Annual statistical returns and brief notes on vaccination in Bengal - 1887-1898
Year: 1887
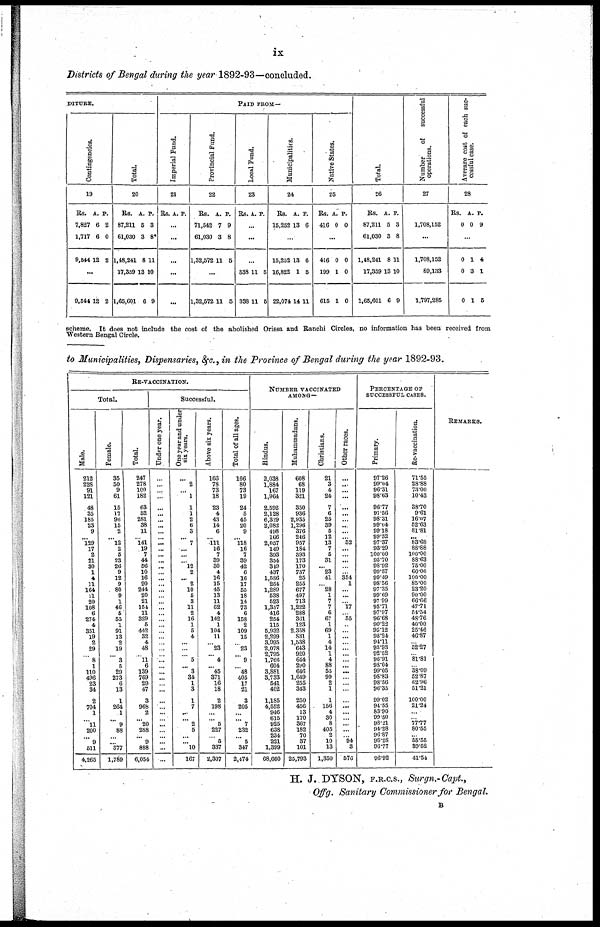
ix
Districts of Bengal during the year 1892-93—concluded.
DITURS.
Contingencies.
19
Rs.
7,827
1,717
9,544
A.
6
6
12
P.
2
0
2
...
9,544 12 2
Total.
20
Rs.
87,211
61,030
1,48,241
17,359
1,65,601
A.
5
3
8
13
6
P.
3
8*
11
10
9
PAID FROM—
Imperial Fund.
21
Rs. A. P.
...
...
...
...
...
Provincial Fund.
22
Rs.
71,542
61,030
1,32,572
A.
7
3
11
P.
9
8
5
...
1,32,572 11 5
Local Fund.
23
Rs. A. P.
...
...
...
338
338
11
11
5
5
Municipalities.
24
Rs.
15,252
A.
13
P.
6
...
15,252
16,822
22,074
13
1
14
6
5
11
Native States.
25
Rs.
416
A.
0
P.
0
...
416
199
615
0
1
1
0
0
0
Total.
26
Rs.
87,211
61,030
1,48,241
17,359
1,65,601
A.
5
3
8
13
6
P.
3
8
11
10
9
Number
of
successful
operations.
27
1,708,152
...
1,708,152
89,133
1,797,285
Average cost of each suc-
cessful case.
28
Rs.
0
A.
0
P.
9
...
0
0
0
1
3
1
4
1
5
scheme. It does not include the cost of the abolished Orissa and Ranchi Circles, no information has been received from
Western Bengal Circle.
to Municipalities, Dispensaries, &c., in the Province of Bengal during the year 1892-93.
RE-VACCINATION.
Total.
Male.
212
228
91
121
48
35
185
23
9
... 129
17
2
21
30
1
4
11
164
11
20
108
6
274
4
351
19
2
29
... 8
1
110
496
23
34
2
704
1
... 11
200
... 9
511
4,265
Female.
35
50
9
61
15
17
94
15
2
... 12
2
5
23
26
9
12
9
80
9
1
46
5
55
1
91
13
2
19
... 3
5
29
273
6
13
1
264
1
... 9
88
... ... 377
1,789
Total.
247
278
100
182
63
52
281
38
11
... 141
19
7
44
56
10
16
20
244
20
21
164
11
329
5
442
32
4
48
... 11
6
139
769
29
47
3
968
2
... 20
288
... 9
888
6,054
Successful.
Under one year.
...
...
...
...
...
...
...
...
...
...
...
...
...
...
...
...
...
...
...
...
...
...
...
...
...
...
...
...
...
...
...
...
...
...
...
...
...
...
...
...
...
...
...
...
...
...
One year and under
six years.
...
2
... 1
1
1
2
6
3
... 7
...
...
... 12
2
... 2
10
5
3
11
2
16
1
5
4
...
...
... 5
... 3
34
1
3
1
7
...
... 2
5
... ... 10
167
Above six years.
166
78
73
18
23
4
43
14
6
... 111
16
7
39
30
4
16
15
45
13
11
62
4
142
1
104
11
... 23
... 4
... 45
371
16
18
2
198
...
... 5
227
... 5
337
2,307
Total of all ages.
166
80
73
19
24
5
45
20
9
... 118
16
7
39
42
6
16
17
55
18
14
73
6
158
2
109
15
... 23
... 9
... 48
405
17
21
3
205
...
... 7
232
... 5
347
2,474
NUMBER VACCINATED
AMONG—
Hindus.
2,038
1,884
167
1,964
2,592
2,128
6,329
2,082
498
166
2,057
149
393
354
319
437
1,586
254
1,289
538
523
1,357
416
254
115
5,932
2,299
3,995
2,078
2,795
1,766
604
3,881
3,733
541
402
1,185
4,552
946
615
925
638
234
221
1,399
68,660
Muhammadans.
608
68
119
321
350
936
2,935
1,296
376
246
957
184
393
173
170
737
25
255
677
497
713
1,222
288
361
123
2,358
831
1,538
643
920
644
290
646
1,649
255
343
250
456
13
170
367
182
70
37
101
25,793
Christians.
21
3
4
24
7
6
25
39
5
12
13
7
5
31
... 23
41
... 28
1
7
7
6
67
1
69
1
4
14
1
4
88
55
99
2
1
1
156
4
30
8
405
2
10
13
1,350
Other races.
...
...
...
...
...
...
...
...
...
... 52
...
...
...
...
... 354
1
...
...
... 17
... 55
...
...
...
...
...
...
...
...
...
...
...
...
...
...
...
...
...
...
... 94
3
576
PERCENTAGE OF
SUCCESSFUL CASES.
Primary.
97.26
99.04
96.31
98.63
96.77
97.56
98.31
99.04
99.18
99.52
97.37
93.29
100.00
95.70
98.92
99.57
99.49
98.56
97.35
99.69
97.99
95.71
97.97
96.68
90.22
95.12
98.24
94.11
93.93
92.62
96.91
98.04
99.05
98.83
98.56
96.35
99.02
94.55
83.90
99.50
98.21
94.28
96.87
98.28
96.77
96.92
Re-vaccination.
71.55
28.88
73.00
10.43
38.70
9.61
16.07
52.63
81.81
... 83.68
88.88
100.00
88.63
75.00
60.00
100.00
85.00
23.20
90.00
66.66
47.71
54.54
48.76
40.00
25.46
46.87
... 52.27
... 81.81
... 38.09
52.87
62.96
51.21
100.00
21.24
...
... 77.77
80.55
... 55.55
39.52
41.54
REMARKS.
H. J. DYSON, F.R.C.S., Surgn.-Capt.,
Offg. Sanitary Commissioner for Bengal.
B